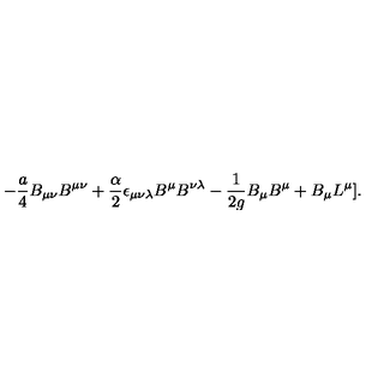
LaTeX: - { \frac { a } { 4 } } B _ { \mu \nu } B ^ { \mu \nu } + { \frac { \alpha } { 2 } } \epsilon _ { \mu \nu \lambda } B ^ { \mu } B ^ { \nu \lambda } - { \frac { 1 } { 2 g } } B _ { \mu } B ^ { \mu } + B _ { \mu } L ^ { \mu } ] .